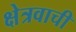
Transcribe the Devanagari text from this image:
क्षेत्रवाची